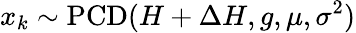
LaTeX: x_{k}\sim\operatorname{PCD}(H+\Delta H,g,\mu,\sigma^{2})